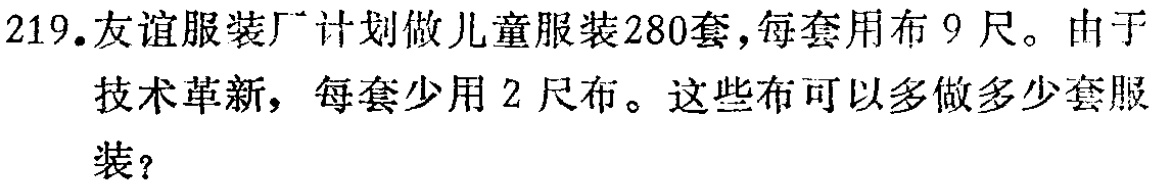
219.友谊服装厂计划做儿童服装280套，每套用布9尺。由于技术革新，每套少用2尺布。这些布可以多做多少套服装？